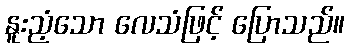
နူးညံ့သော လေသံဖြင့် ပြောသည်။